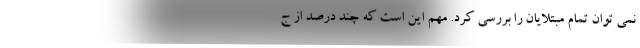
نمی توان تمام مبتلایان را بررسی کرد. مهم این است که چند درصد از ج